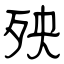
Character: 殃